Vaccination in the Punjab 1919-1929 - 1919-1929
Year: 1919
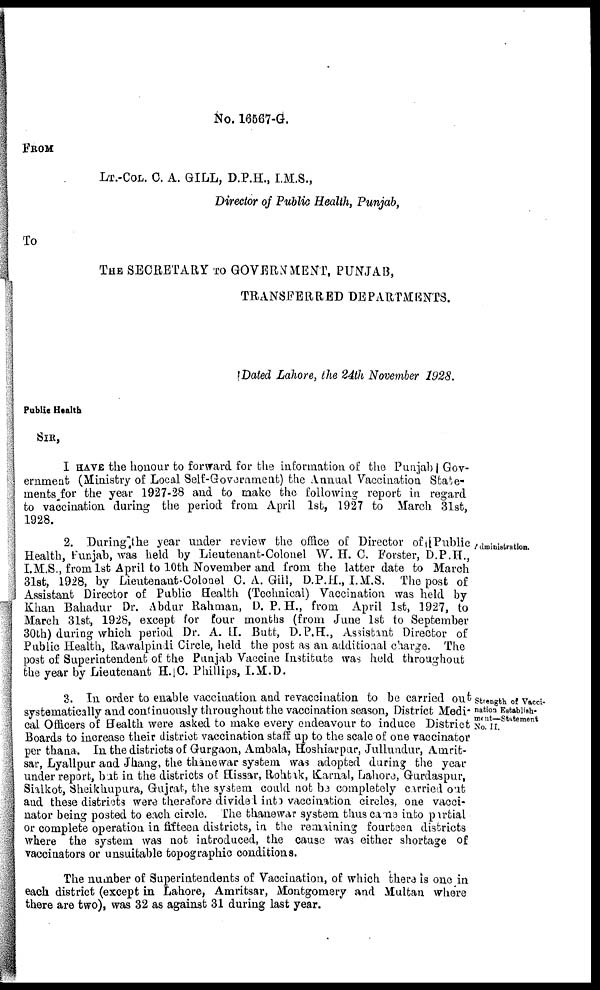
No. 16567-G.
FROM
LT.-COL. C. A. GILL, D.P.H., I.M.S.,
Director of Public Health, Punjab,
To
THE SECRETARY TO GOVERNMENT, PUNJAB,
TRANSFERRED DEPARTMENTS.
Dated Lahore, the 24th November 1928.
Public Health
SIR,
I HAVE the honour to forward for the information of the Punjab Gov-
ernment (Ministry of Local Self-Govornment) the Annual Vaccination State-
ments for the year 1927-28 and to make the following report in regard
to vaccination during the period from April 1st, 1927 to March 31st,
1928.
Administration.
2. During the year under review the office of Director of Public
Health, Punjab, was held by Lieutenant-Colonel W. H. C. Forster, D.P.H.,
I.M.S., from 1st April to 10th November and from the latter date to March
31st, 1928, by Lieutenant Colonel C. A. Gill, D.P.H., I. M.S. The post of
Assistant Director of Public Health (Technical) Vaccination was held by
Khan Bahadur Dr. Abdur Rahman, D. P. H., from April 1st, 1927, to
March 31st, 1928, except for four months (from June 1st to September
30th) during which period Dr. A. H. Butt, D.P.H., Assistant Director of
Public Health, Rawalpindi Circle, held the post as an additional charge. The
post of Superintendent of the Punjab Vaccine Institute was held throughout
the year by Lieutenant H. C. Phillips, I.M.D.
Strength of Vacci-
nation Establish¬
ment—Statement
No. II.
3. In order to enable vaccination and revaccination to be carried out
systematically and continuously throughout the vaccination season, District Medi¬
cal Officers of Health were asked to make every endeavour to induce District
Boards to increase their district vaccination staff up to the scale of one vaccinator
per thana. In the districts of Gurgaon, Ambala, Hoshiarpur, Jullundur, Amrit¬
sar, Lyallpur and Jhang, the thane war system was adopted during the year
under report, bat in the districts of Hissar, Rohtak, Karnal, Lahore, Gurdaspur,
Sialkot, Sheikhupura, Gujrat, the system could not be completely carried out
and these districts were therefore divided into vaccination circles, one vacci-
nator being posted to each circle. The thanewar system thus came into partial
or complete operation in fifteen districts, in the remaining fourteen districts
where the system was not introduced, the cause was either shortage of
vaccinators or unsuitable topographic conditions.
The number of Superintendents of Vaccination, of which there is one in
each district (except in Lahore, Amritsar, Montgomery and Multan where
there are two), was 32 as against 31 during last year.